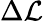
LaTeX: \Delta\mathcal{L}